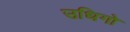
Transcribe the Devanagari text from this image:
उधिगो